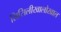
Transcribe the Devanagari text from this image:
सिसिलीखालोखाल